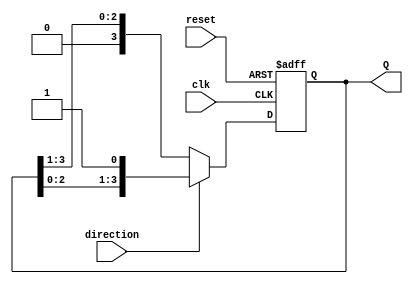
module async_shift_counter (
    input wire clk,          // Clock signal
    input wire reset,        // Asynchronous reset signal
    input wire direction,    // Control signal for counting direction (1 for increment, 0 for decrement)
    output reg [n-1:0] Q     // Counter output (n-bit wide)
);
    parameter n = 4; // Define the width of the counter (number of bits)

    // Asynchronous reset and counting logic
    always @(posedge clk or posedge reset) begin
        if (reset) begin
            Q <= 0; // Reset the counter to zero
        end else begin
            if (direction) begin
                // Increment: Shift left and fill LSB with 1
                Q <= {Q[n-2:0], 1'b1}; // Shift left and set LSB to 1
            end else begin
                // Decrement: Shift right and fill MSB with 0
                Q <= {1'b0, Q[n-1:1]}; // Shift right and set MSB to 0
            end
        end
    end
endmodule